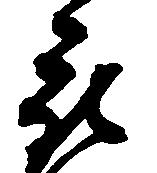
被